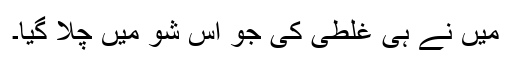
میں نے ہی غلطی کی جو اس شو میں چلا گیا۔